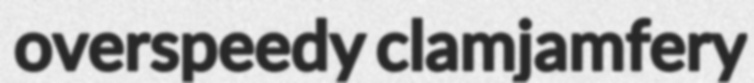
overspeedy clamjamfery